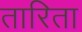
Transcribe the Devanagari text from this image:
तारिता